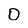
Character: 0